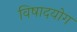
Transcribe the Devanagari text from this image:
विषादयोग